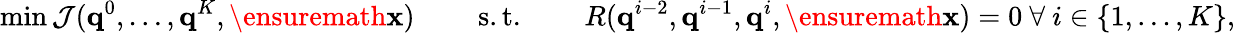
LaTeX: \operatorname*{min}\mathcal{J}(\mathbf{q}^{0},\dots,\mathbf{q}^{K},\ensuremath{\mathbf{x}})\ \qquad\mathrm{s.t.}\qquad\ R(\mathbf{q}^{i-2},\mathbf{q}^{i-1},\mathbf{q}^{i},\ensuremath{\mathbf{x}})=0\ \forall\ i\in\{ 1,\dots,K\} ,